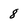
Character: 8